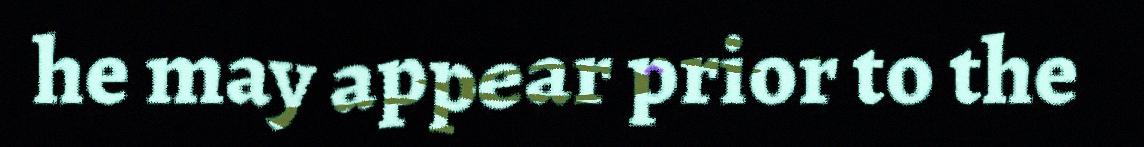
he may appear prior to the